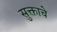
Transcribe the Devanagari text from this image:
सुक्ताचे